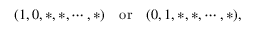
( 1 , 0 , * , * , \cdots , * ) \quad \mathrm { o r } \quad ( 0 , 1 , * , * , \cdots , * ) ,